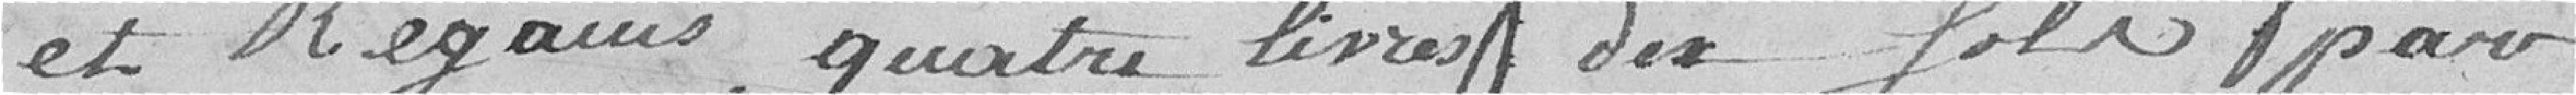
et regains, quatre livres dix sols pour